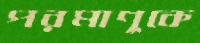
পরমাণুকে